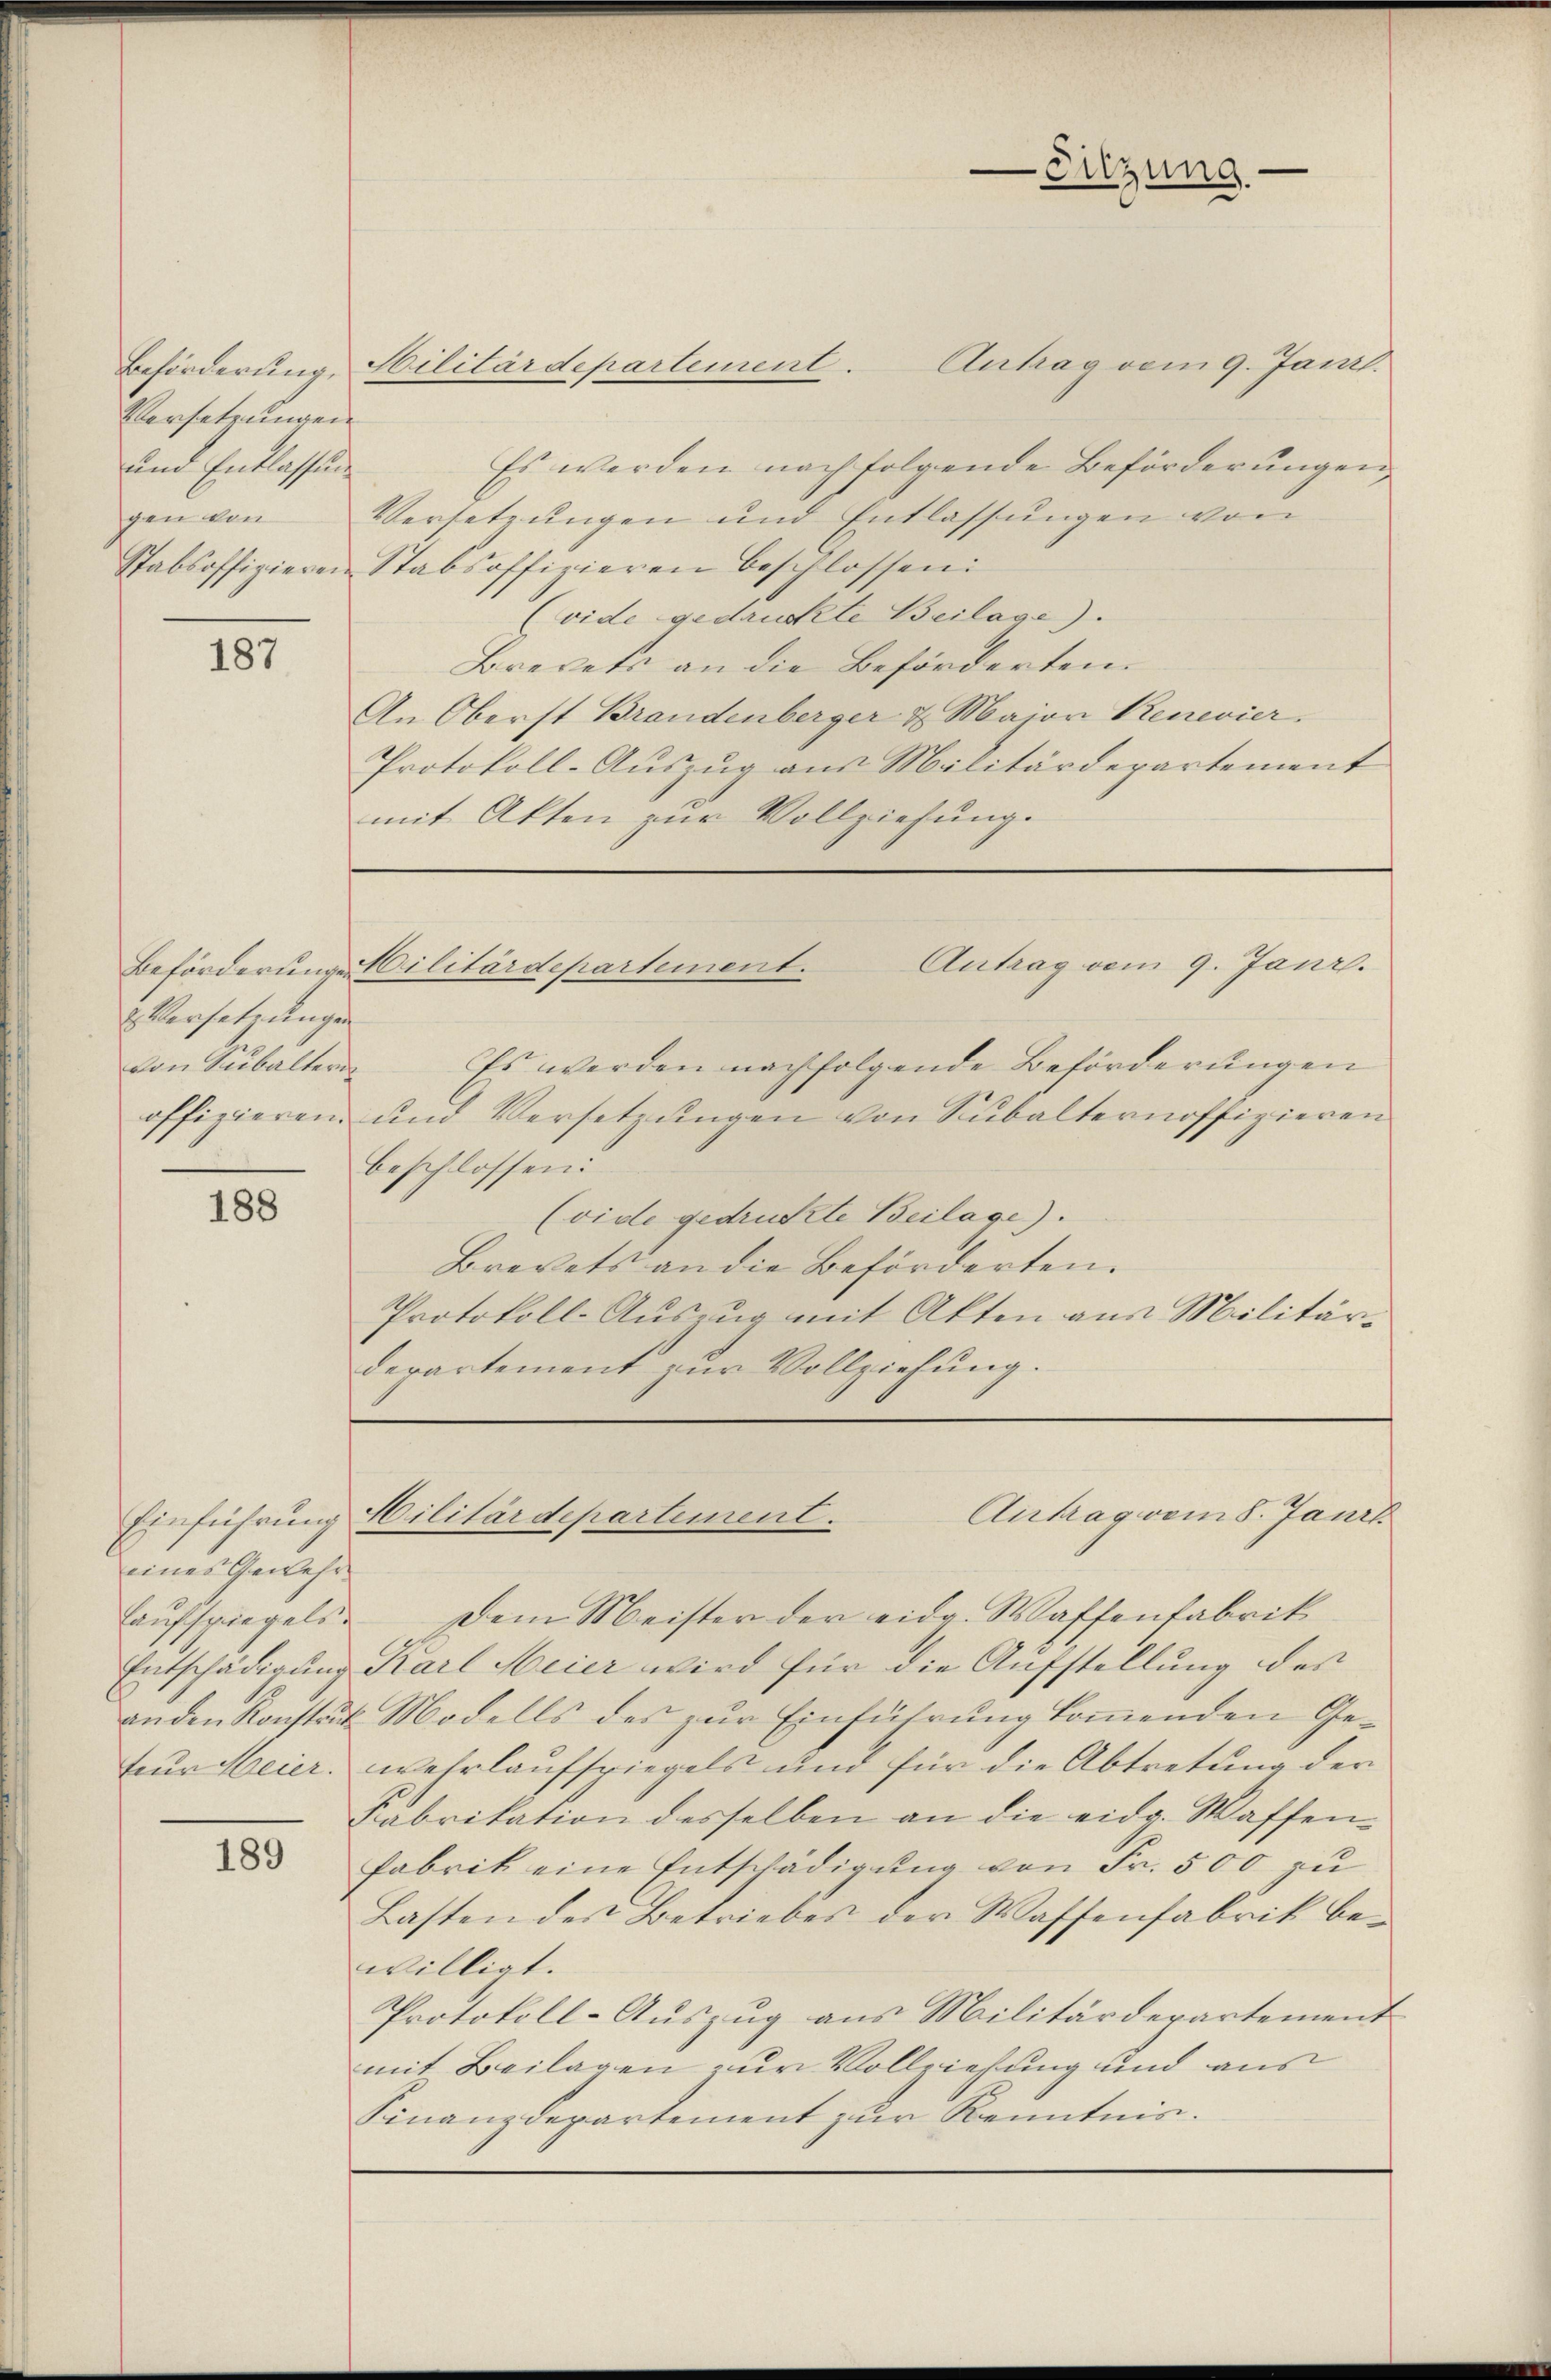
Versetzungen
und Entlassung
gen von

187.

Versetzungen
von Subaltern

188

eines Gewehr-
Feur Meier.

189

Antrag vom 9. Janzl.
Es werden nach folgende Beförderungen,
Versetzungen und Entlassŭngen von
Stabsoffizieren Stabsoffizieren beschlossen:
(vide gedruckte Beilage).
Brevets an die Beförderten.
An Oberst Brandenberger & Maion Renevier.
Protokoll-Aŭszŭg ans Militärdepartement
mit Akten zur Vollziehung.

Beförderung, Silitärdepartement.

Sitzung

Antrag vom 9. Janr.
Beförderung Cilitärdepartement.

Es werden nachfolgende Beförderungen
offizieren und Versetzungen von Subalternoffizieren
beschlossen:
(vide gedruckte Beilage).
Brevets an die Beförderten.
Protokoll-Aŭszŭg mit Akten aus Militär-
departement zur Vollziehung.

Antrag vom 8. Janr
Einführung Militärdepartement.

Lauffriegels. Dem Meister der eidg. Waffenfabrik
Entschädigung Karl Meier wird für die Aufstellung des
anden Konstruk Modells des zur Einführung kommenden Gewehrlauffriegels und für die Abtretung der
Fabrikation desselben an die eidg. Wassen-
fabrik eine Entschädigung von Fr. 500 zu
Lasten des Betriebes der Waffenfabrik bewilligt.
Protokoll-Auszug aus Militärdepartement
mit Beilagen zur Vollziehung und aus
Finanzdepartement zur Kenntnis.